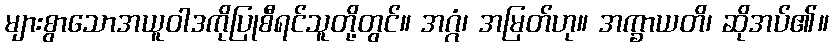
များစွာသောအယူဝါဒကိုပြုစီရင်သူတို့တွင်။ အဂ္ဂံ၊ အမြတ်ဟု။ အက္ခာယတိ၊ ဆိုအပ်၏။